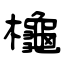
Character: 櫷